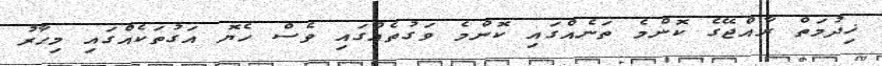
ޚިދުމަތް ރާއްޖޭގެ ކޮންމެ ތަނެއްގައި ކޮންމެ ވަގުތެއްގައި ވެސް ހެޔޮ އަގުތަކެއްގައި މިހާރު